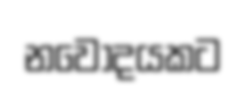
නවෝදයකට